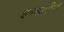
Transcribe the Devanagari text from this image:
इन्द्रतीर्थ